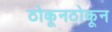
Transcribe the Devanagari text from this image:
ठोकूनठोकून